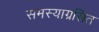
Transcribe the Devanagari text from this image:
समस्याग्रसित